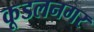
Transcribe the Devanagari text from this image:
कूडलनगर